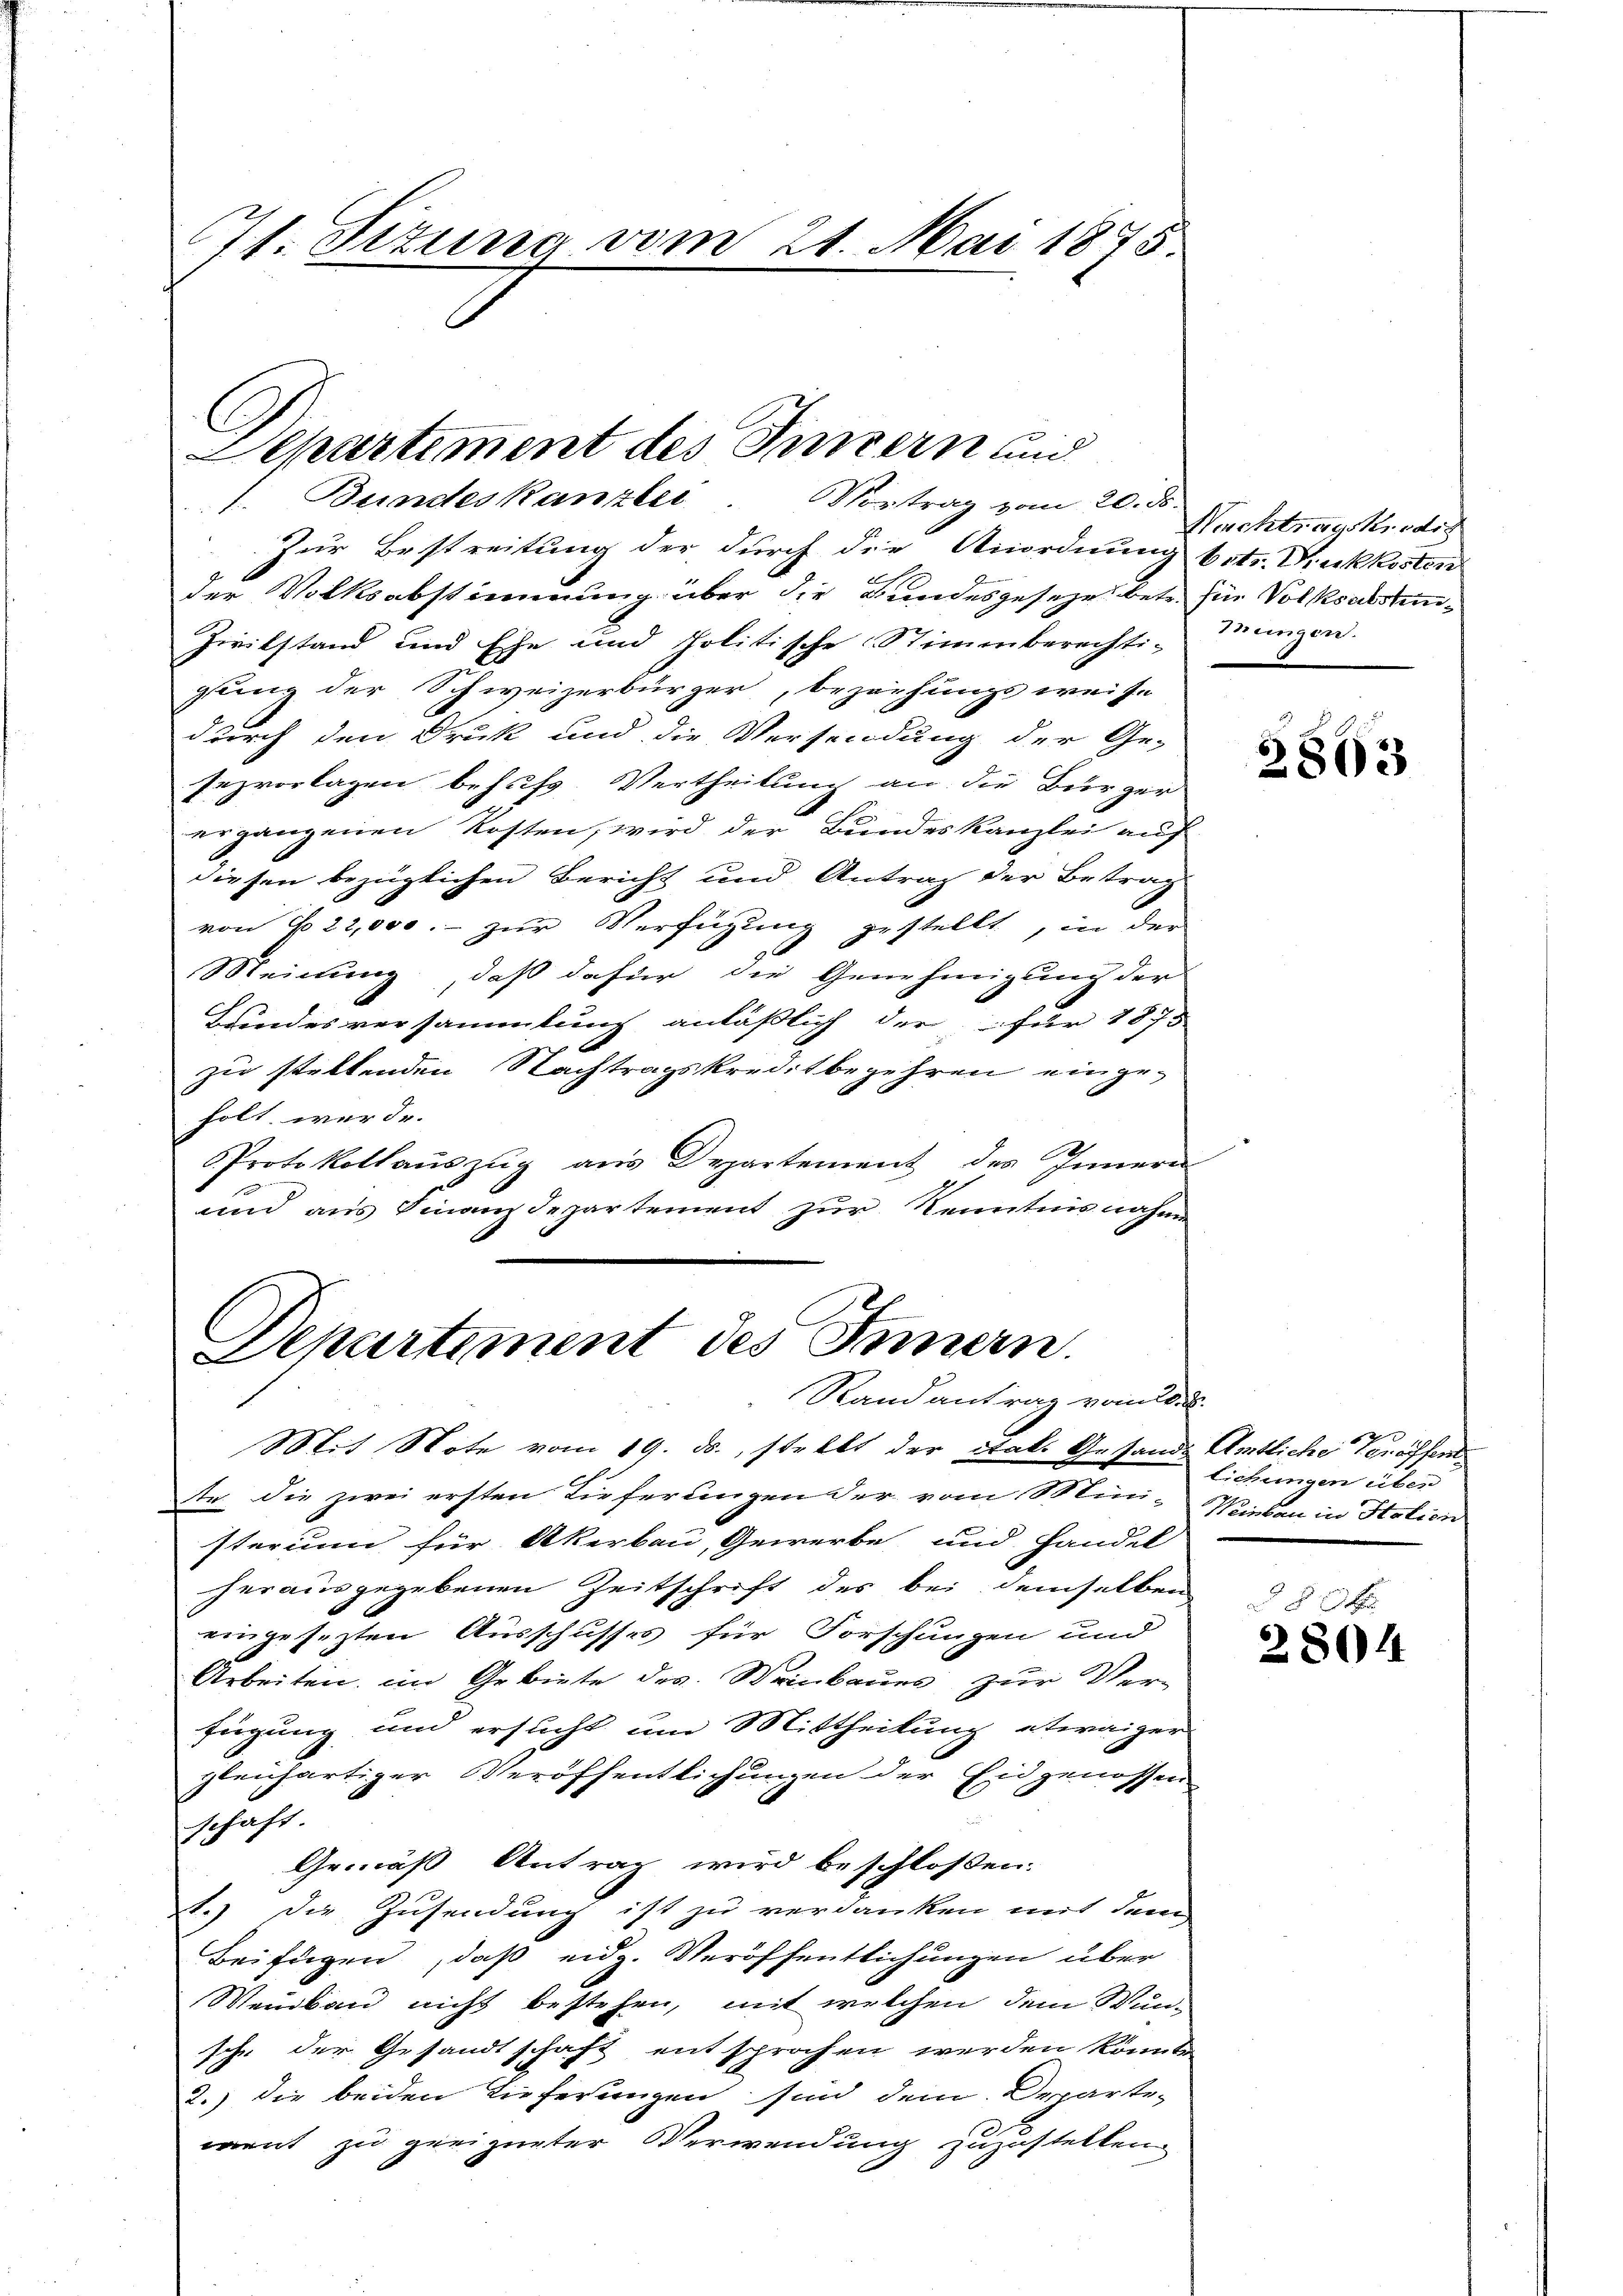
71. Situng vom 21. Mai 1875

C
Separtement des Innern und
1. Bundeskanzler. Vortrag vom 20. ds.

Zur Bestreitung der durch die Anordnung betr. Ruckkosten
8
der Volksabstimmung über die Bundesgesehe betr. für Volksabstum¬
Zivilstand und Ehe und Politische Stimmberechti-
gung der Schweizerbürger, beziehungsweise
durch den Druk und die Versendung der Ge-
sezvorlagen behufs Vertheilung an die Bürger
ergangenen Kosten, wird der Bundeskanzlei auf
diesen bezüglichen Bericht und Antrag der Betrag
von No 22,000.- zŭr Verfügŭng gestellt, in der
Meinung, daß dafür die Genehmigung der
Bundesversammlung anläßlich der für 1875
zu stellenden Nachtragskreditbegehren einge-
holt werde.
Protokollaŭszŭg ans Departement des Innern
und aus Finanzdepartement zur Kenntnisnahme

Departement des Innern.
Randantrag vom 18. d.

Mit Note vom 19. ds., strebt der Stak. Gesands Amtliche gröffenttr. die zwei ersten Lieferlingen der vom Mini-Streben in Hotien
sterium für Akerbau, Gewerbe und Handel
herausgegebenen Zeitschrift des bei demselben
eingesezten Ausschusses für Forschungen und
Arbeiten im Gebiete des Weinbaues zur Verfügung und ersucht um Mittheilung etwaiger
gleichartiger Veröffentlichungen der Eidgenossen
schaft.
Gemäß Antrag wird beschlossen:
1.) Die Zusendung ist zu verdanken mit dem
Beifügen, daß eidg. Veröffentlichungen über
Weinbau nicht bestehen, mit welchen dem Wunsche der Gesandtschaft entsprochen werden könnte
2.) die beiden Lieferungen sind dem Departe-
went zu geeigneter Verwendung zuzustellen.

Nachtragskredit
Bungen.

2803

69
lichungen über

80x
2804